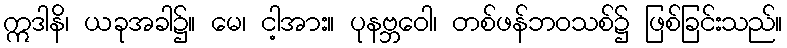
ဣဒါနိ၊ ယခုအခါ၌။ မေ၊ ငါ့အား။ ပုနဗ္ဘဝေါ၊ တစ်ဖန်ဘဝသစ်၌ ဖြစ်ခြင်းသည်။